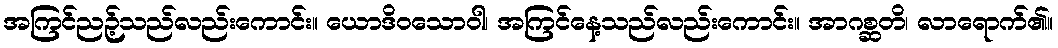
အကြင်ညဉ့်သည်လည်းကောင်း။ ယောဒိဝသောဝါ၊ အကြင်နေ့သည်လည်းကောင်း။ အာဂစ္ဆတိ၊ လာရောက်၏။